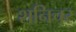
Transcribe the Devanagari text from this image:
शनिचर